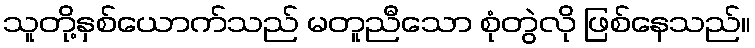
သူတို့နှစ်ယောက်သည် မတူညီသော စုံတွဲလို ဖြစ်နေသည်။